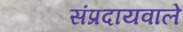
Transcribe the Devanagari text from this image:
संप्रदायवाले